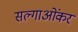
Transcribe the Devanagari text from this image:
सल्गाओंकर